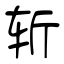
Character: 斩